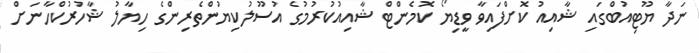
ނަދާ ޔޫޓިއުބްގައި ޝާއިއު ކޮށްފައިވާ ވީޑިޔޯ ކޮމެންޓް ޝާއިއުކުރުމުގެ އުސޫލުކިޔުންތެރިންގެ ހިޔާލު ޝާހުރުކްހާނަށް